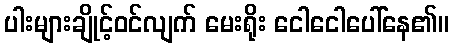
ပါးများချိုင့်ဝင်လျက် မေးရိုး ငေါငေါပေါ်နေ၏။